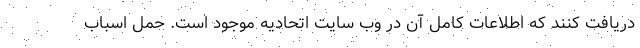
دریافت کنند که اطلاعات کامل آن در وب سایت اتحادیه موجود است. حمل اسباب